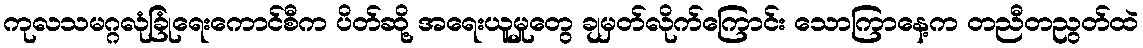
ကုလသမဂ္ဂလုံခြုံရေးကောင်စီက ပိတ်ဆို့ အရေးယူမှုတွေ ချမှတ်လိုက်ကြောင်း သောကြာနေ့က တညီတညွတ်ထဲ